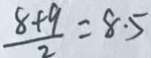
\frac { 8 + 9 } { 2 } = 8 \cdot 5